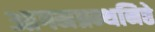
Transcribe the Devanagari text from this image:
आगमग्रन्थनिष्ठे